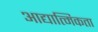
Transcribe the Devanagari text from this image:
आद्यात्मिकता